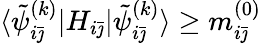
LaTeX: \langle\tilde{\psi}_{i\bar{\jmath}}^{(k)}|H_{i\bar{\jmath}}|\tilde{\psi}_{i\bar{\jmath}}^{(k)}\rangle\geq m_{i\bar{\jmath}}^{(0)}